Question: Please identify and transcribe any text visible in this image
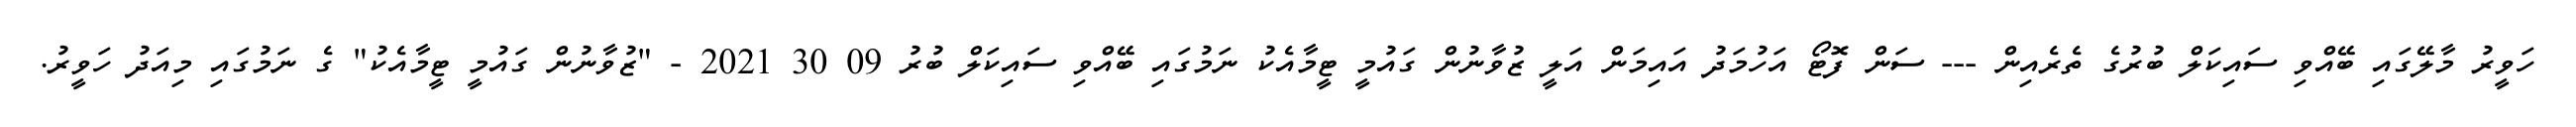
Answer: ހަވީރު މާލޭގައި ބޭއްވި ސައިކަލް ބުރުގެ ތެރެއިން --- ސަން ފޮޓޯ އަހުމަދު އައިމަން އަލީ ޒުވާނުން ގައުމީ ޓީމާއެކު ނަމުގައި ބޭއްވި ސައިކަލް ބުރު 09 30 2021 - "ޒުވާނުން ގައުމީ ޓީމާއެކު" ގެ ނަމުގައި މިއަދު ހަވީރު.